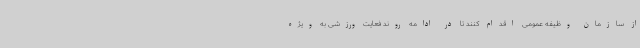
از سازمان وظیفه عمومی اقدام کنند تا در ادامه روند فعایت ورزشی به ویژه